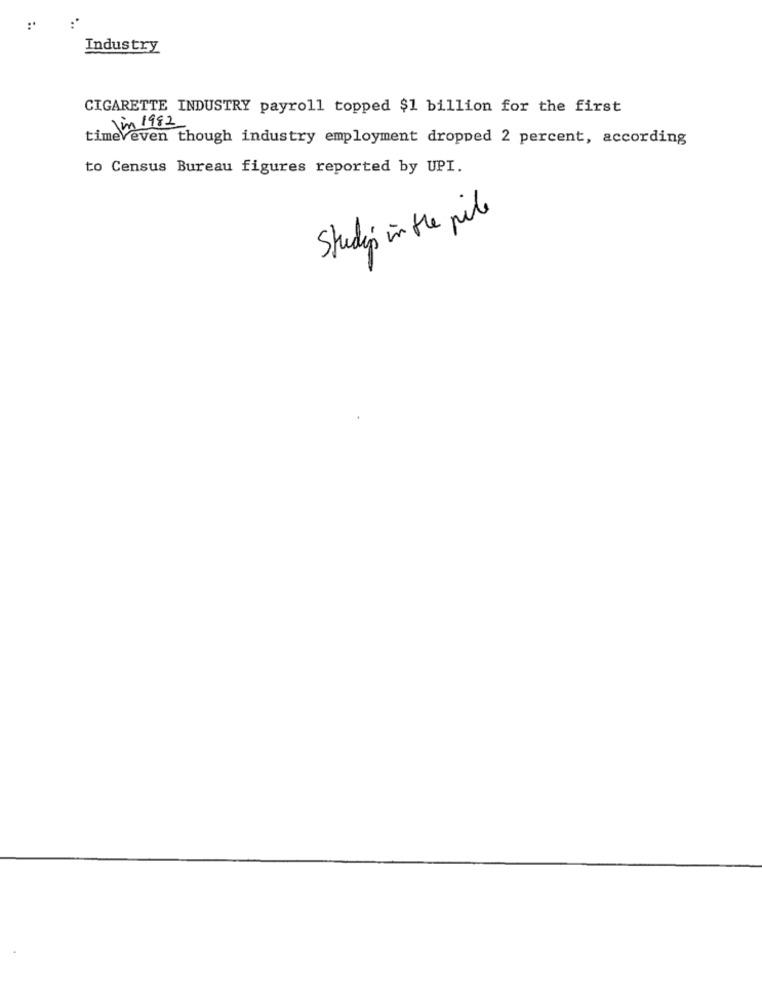
Industry
CIGARETTE INDUSTRY payroll topped $1 billion for the first
Jun 1982
timeveven though industry employment dropped 2 percent, according
to Census Bureau figures reported by UPI.
Studio in the pile